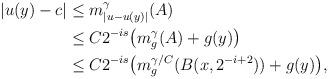
LaTeX: \begin{align*}|u(y)-c|&\le m_{|u-u(y)|}^{\gamma}(A)\\&\le C2^{-is}\big(m_{g}^{\gamma}(A)+g(y)\big)\\&\le C2^{-is}\big(m_{g}^{\gamma/C}(B(x,2^{-i+2}))+g(y)\big),\end{align*}